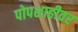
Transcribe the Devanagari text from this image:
पोपशाहीवर